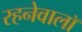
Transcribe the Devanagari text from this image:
रहनेवालॉ